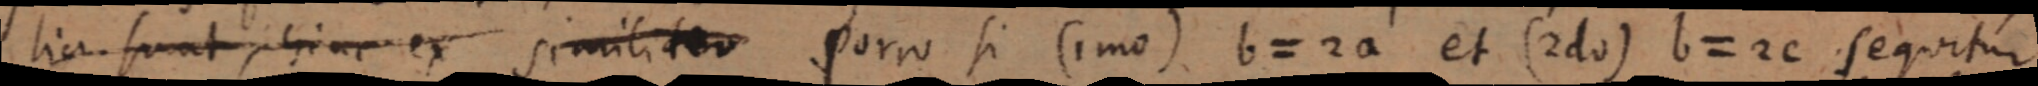
lia. spunt plriu ex pimilituo Porro si Cimo) b-20 et (2do) b-2c sequitur